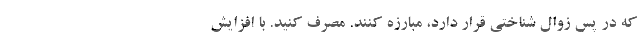
که در پس زوال شناختی قرار دارد، مبارزه کنند. مصرف کنید. با افزایش